King Institute of Preventive Medicine Micro-Biological Section reports 1912-19
Year: 1912
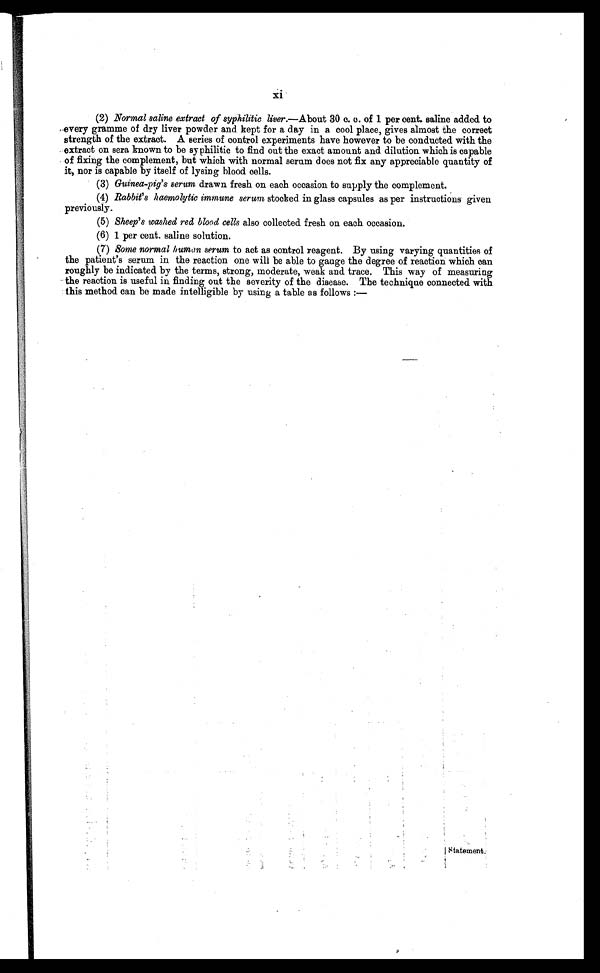
xi
(2) Normal saline extract of syphilitic liver. —About 30 c. c. of 1 per cent. saline added. to
every gramme of dry liver powder and kept for a day in a cool place, gives almost the correct
strength of the extract. A series of control experiments have however to be conducted with the
extract on sera known to be syphilitic to find out the exact amount and dilution which is capable
of fixing the complement, but which with normal serum does not fix any appreciable quantity of
it, nor is capable by itself of lysing blood cells.
(3) Guinea-pig's serum drawn fresh on each occasion to supply the complement.
(4) Rabbit's haemolytic immune serum stocked in glass capsules as per instructions given
previously.
(5) Sheep's washed red blood cells also collected. fresh on each occasion.
(6) 1 p e r c e n t . s a l i n e s o l u t i o n .
(7) Some normal human, serum to act as control reagent. By using varying quantities of
the patient's serum in the reaction one will be able to gauge the degree of reaction which can
roughly be indicated by the terms, strong, moderate, weak and trace. This way of measuring
the reaction is useful in finding out the severity of the disease. The technique connected with
this method can be made intelligible by using a table as follows:—